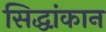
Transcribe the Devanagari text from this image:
सिद्धांकान